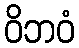
ဝိဘဝံ